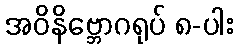
အဝိနိဗ္ဘောဂရုပ် ၈-ပါး